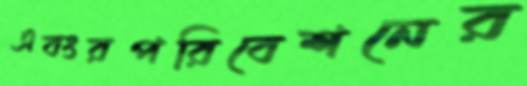
এবংরপরিবেশনের